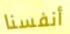
أنفسنا